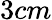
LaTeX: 3cm